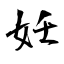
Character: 妊